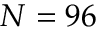
N = 9 6